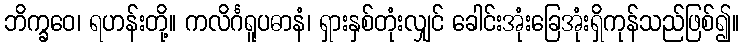
ဘိက္ခဝေ၊ ရဟန်းတို့။ ကလိင်္ဂရူပဓာနံ၊ ရှားနှစ်တုံးလျှင် ခေါင်းအုံးခြေအုံးရှိကုန်သည်ဖြစ်၍။